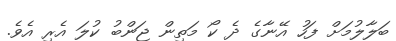
ބަލާލުމަށް ފަހު އޭނާގެ ދެ ކޯ މަތިން ޖަންބު ކުލަ އެރި އެވެ.